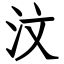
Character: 汶